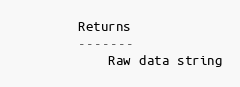
Language: Python
        Returns
        -------
            Raw data string